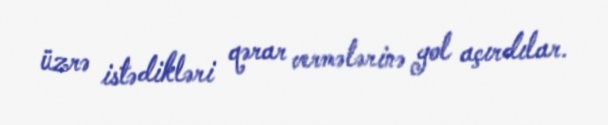
üzrə istədikləri qərar vermələrinə yol açırdılar.